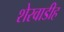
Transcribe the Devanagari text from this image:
शेरवाडीह